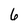
Character: 6